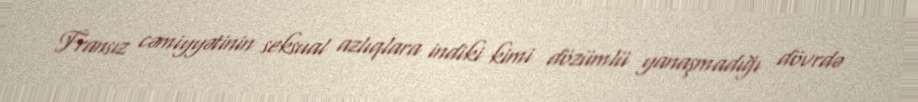
Fransız cəmiyyətinin seksual azlıqlara indiki kimi dözümlü yanaşmadığı dövrdə